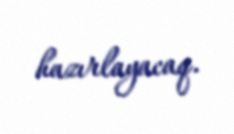
hazırlayacaq.